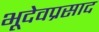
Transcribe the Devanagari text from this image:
भूदेवप्रसाद